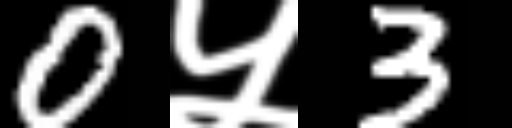
Text: 0५3